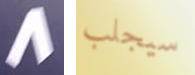
8 سيجلب